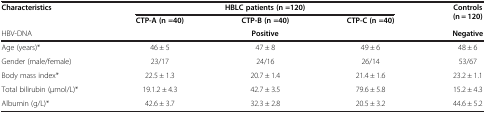
<table><thead><tr><td><b>Characteristics</b></td><td colspan="3"><b>HBLC patients (n =120)</b></td><td><b>Controls (n = 120)</b></td></tr><tr><td><b> </b></td><td><b>CTP-A (n =40)</b></td><td><b>CTP-B (n =40)</b></td><td><b>CTP-C (n =40)</b></td><td><b> </b></td></tr><tr><td><b>HBV-DNA</b></td><td colspan="3"><b>Positive</b></td><td><b>Negative</b></td></tr></thead><tbody><tr><td>Age (years)*</td><td>46 ± 5</td><td>47 ± 8</td><td>49 ± 6</td><td>48 ± 6</td></tr><tr><td>Gender (male/female)</td><td>23/17</td><td>24/16</td><td>26/14</td><td>53/67</td></tr><tr><td>Body mass index*</td><td>22.5 ± 1.3</td><td>20.7 ± 1.4</td><td>21.4 ± 1.6</td><td>23.2 ± 1.1</td></tr><tr><td>Total bilirubin (μmol/L)*</td><td>19.1.2 ± 4.3</td><td>42.7 ± 3.5</td><td>79.6 ± 5.8</td><td>15.2 ± 4.3</td></tr><tr><td>Albumin (g/L)*</td><td>42.6 ± 3.7</td><td>32.3 ± 2.8</td><td>20.5 ± 3.2</td><td>44.6 ± 5.2</td></tr></tbody></table>